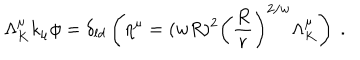
\Lambda _ { K } ^ { \mu } k _ { \mu } \phi = \delta _ { l d } \left( \eta ^ { \mu } = ( w R ) ^ { 2 } \left( { \frac { R } { r } } \right) ^ { 2 / w } \Lambda _ { K } ^ { \mu } \right) \ .